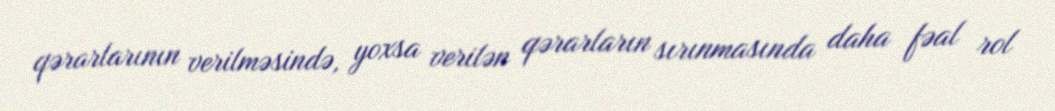
qərarlarının verilməsində, yoxsa verilən qərarların sırınmasında daha fəal rol